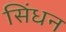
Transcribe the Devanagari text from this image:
सिंधन